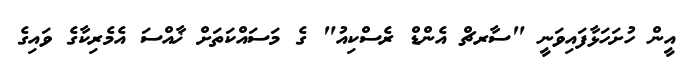
އީން ހުށަހަޅާފައިވަނީ "ސާރޗް އެންޑް ރެސްކިއު" ގެ މަސައްކަތަށް ޚާއްސަ އެމެރިކާގެ ވައިގެ